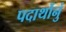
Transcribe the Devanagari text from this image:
पदार्थोनुं